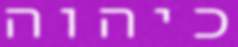
כיהוה